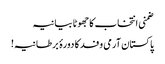
ضمنی انتخاب کاجھوٹا بیانیہ
پاکستان آرمی وفد کا دورۂ برطانیہ!